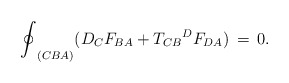
\begin{align*}{\oint}_{(CBA)}(D_{C}F_{BA}+{{T_{CB}}^{D}}F_{DA}) \,=\,0.\end{align*}